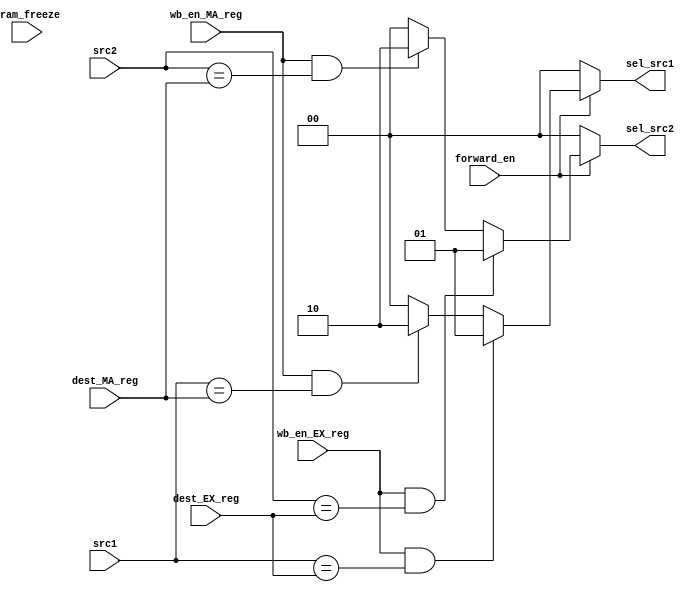
module Forwarding_unit(
    input[3:0] src1,
    input[3:0] src2,
    input[3:0] dest_EX_reg,
    input[3:0] dest_MA_reg,
    input wb_en_EX_reg,
    input wb_en_MA_reg,
    input forward_en,
    input sram_freeze,
    output reg[1:0] sel_src1,
    output reg[1:0] sel_src2
);
    always @(*) begin
        
            if (forward_en) begin
                if (wb_en_EX_reg && src1 == dest_EX_reg) begin
                    sel_src1 = 2'b01;
                end
                else if (wb_en_MA_reg && src1 == dest_MA_reg) begin
                    sel_src1 = 2'b10;
                end
                else begin
                    sel_src1 = 2'b00;
                end
            end
            else sel_src1 = 2'b00;
    end


    always @(*) begin
        
            if (forward_en) begin
                if (wb_en_EX_reg && src2 == dest_EX_reg) begin
                    sel_src2 = 2'b01;
                end
                else if (wb_en_MA_reg && src2 == dest_MA_reg) begin
                    sel_src2 = 2'b10;
                end
                else begin
                    sel_src2 = 2'b00;
                end
            end
            else sel_src2 = 2'b00;
    end

endmodule